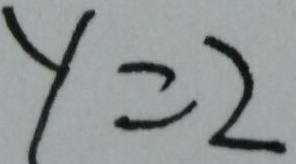
y = 2